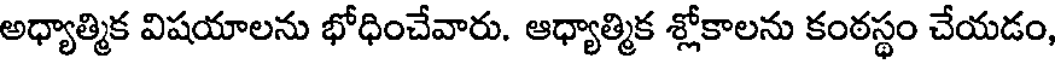
అధ్యాత్మిక విషయాలను భోధించేవారు. ఆధ్యాత్మిక శ్లోకాలను కంఠస్థం చేయడం,